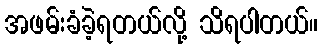
အဖမ်းခံခဲ့ရတယ်လို့ သိရပါတယ်။